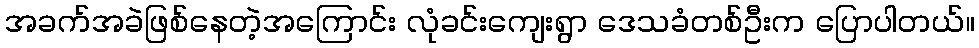
အခက်အခဲဖြစ်နေတဲ့အကြောင်း လုံခင်းကျေးရွာ ဒေသခံတစ်ဦးက ပြောပါတယ်။